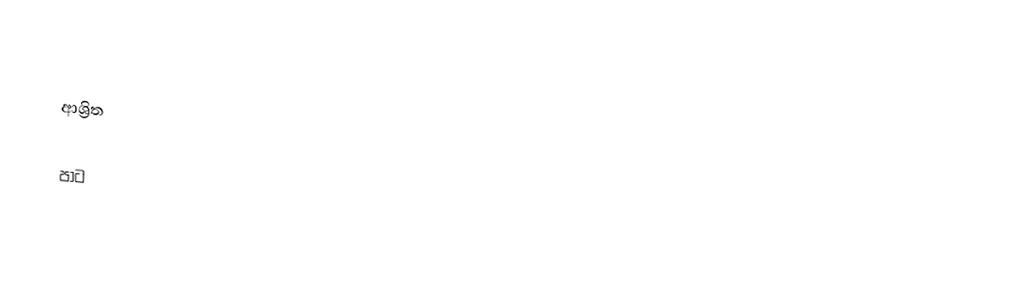

ආශ්‍රිත

පාට